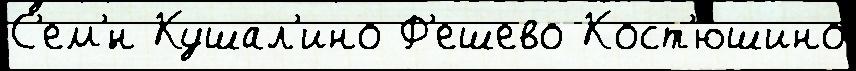
С'ем'́н Кушал'ино Ф'ешево Кост'юшино